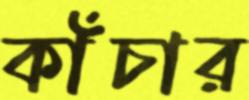
কাঁচার